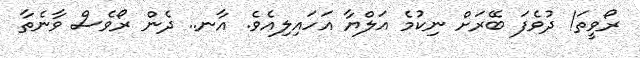
ރޯވީތަ! ދުވެފަ ބޭރަށް ނިކުމެ އަލްޔާ އަހައިލިއެވެ. އާނ.. ދެން ރޯވެސް ވާނެތާ